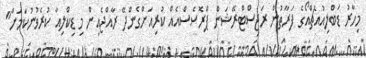
މިހާރު ޑަބްލިއުއެޗްއޯގެ ފަރާތުން ރަޖިސްޓްރޭޝަން ޕްރޮސެސްއެއް ކުރިއަށްގެންދޭ ރާއްޖެއިން މި ޑިކްލިއާ ކުރެވުނުކަމަށް"